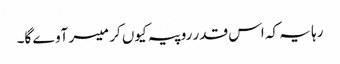
رہا یہ کہ اس قدر روپیہ کیوں کر میسر آوے گا۔